Sanitation, dispensaries and jails vaccination Rajputana 1922-1927 - 1922-1927
Year: 1922
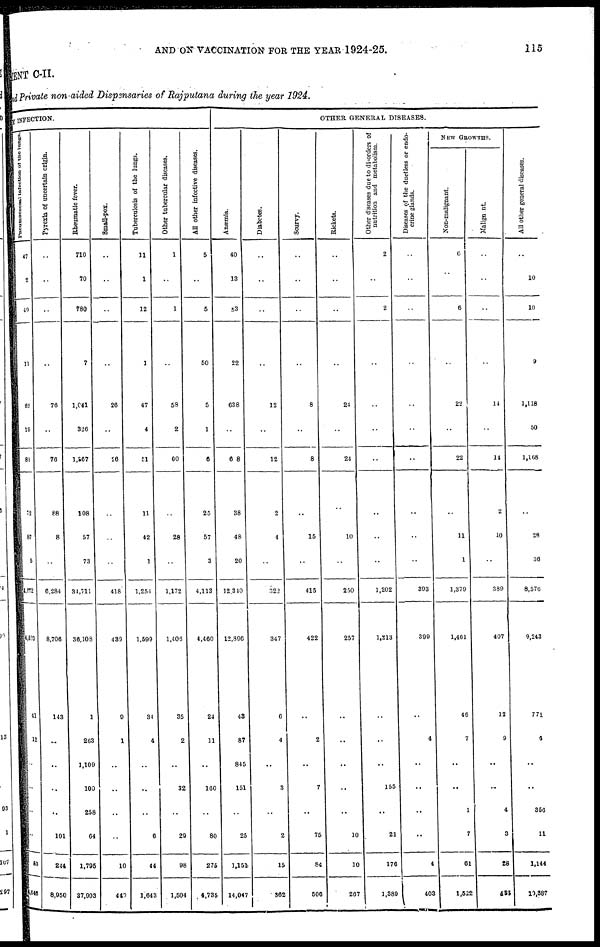
AND ON VACCINATION FOR THE YEAR 1924-25.
115
MENT C-II.
and Private non-aided Dispensaries of Rajputana during the year 1924.
BY INFECTION.
Pneumococoal Infection of the lungs.
47
2
49
11
62
19
81
52
87
5
4,172
54,523
41
12
..
..
..
..
53
4,545
Pyrexia of uncertain origin.
..
..
..
..
76
..
76
88
8
..
6,284
8,706
143
..
..
..
..
101
244
8,950
Rheumatic fever.
710
70
780
7
1,041
326
1,267
108
57
73
34,711
36,108
1
263
1,109
100
258
64
1,795
37,903
Small-pox.
..
..
..
..
26
..
26
..
..
..
418
439
9
1
..
..
..
..
10
440
Tuberculosis of the lungs.
11
1
12
1
47
4
51
11
42
1
1,254
1,599
34
4
..
..
..
6
44
1,643
Other tubercular diseases.
1
..
1
..
58
2
60
..
28
..
1,172
1,406
35
2
..
32
..
29
98
1,504
All other infective diseases.
5
..
5
50
5
1
6
25
57
3
4,113
4,460
24
11
..
160
..
80
275
4,735
OTHER GENERAL DISEASES.
Anæmia.
40
13
53
22
638
..
68
38
48
20
12,310
12,896
43
87
845
151
..
25
1,151
14,047
Diabetes.
..
..
..
..
12
..
12
2
4
..
322
347
6
4
..
3
..
2
15
362
Scurvy.
..
..
..
..
8
..
8
..
15
..
415
422
..
2
..
7
..
75
84
506
Rickets.
..
..
..
..
24
..
24
..
10
..
250
257
..
..
..
..
..
10
10
267
Other diseases due to disorders of
nutrition and metabolism.
2
..
2
..
..
..
..
..
..
..
1,202
1,213
..
..
..
155
..
21
176
1,389
Diseases of the ductless or endo-
crine glands.
..
..
..
..
..
..
..
..
..
..
393
399
..
4
..
..
..
..
4
403
NEW GROWTHS.
Non-malignant.
6
..
6
..
22
..
22
..
11
1
1,379
1,461
46
7
..
..
1
7
61
1,522
Malignant.
..
..
..
..
14
..
14
2
10
..
389
407
12
9
..
..
4
3
28
485
All other general diseases.
..
10
10
9
1,118
50
1,168
..
28
36
8,576
9,243
771
5
..
..
356
11
1,144
10,887